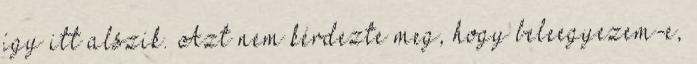
így itt alszik. Azt nem kérdezte meg, hogy beleegyezem-e,